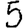
Digit: 5